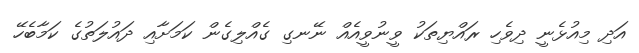
އަދި މިއުޅެނީ ދިވެހި ރައްޔިތަކު ވީނުވީއެއް ނޭނގި ގެއްލިގެން ކަމަށާއި ދައުލަތުގެ ކަމާބެހޭ